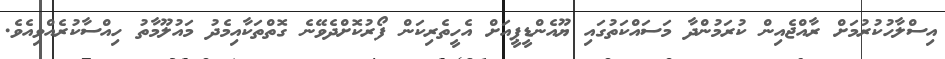
އިސްލާހުކުރުމަށް ރާއްޖެއިން ކުރަމުންދާ މަސައްކަތުގައި ޔޫއެންޑީޕީއަށް އެހީތެރިކަން ފޯރުކޮށްދެވޭނެ ގޮތްތަކާއިމެދު މައުލޫމާތު ހިއްސާކުރެެއްވިއެވެ.